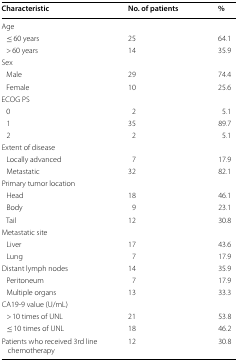
| Characteristic | No. of patients | % |
 | --- | --- | --- |
 | <COLSPAN=3> Age |
 | ≤ 60 years | 25 | 64.1 |
 | > 60 years | 14 | 35.9 |
 | <COLSPAN=3> Sex |
 | Male | 29 | 74.4 |
 | Female | 10 | 25.6 |
 | <COLSPAN=3> ECOG PS |
 | 0 | 2 | 5.1 |
 | 1 | 35 | 89.7 |
 | 2 | 2 | 5.1 |
 | <COLSPAN=3> Extent of disease |
 | Locally advanced | 7 | 17.9 |
 | Metastatic | 32 | 82.1 |
 | <COLSPAN=3> Primary tumor location |
 | Head | 18 | 46.1 |
 | Body | 9 | 23.1 |
 | Tail | 12 | 30.8 |
 | <COLSPAN=3> Metastatic site |
 | Liver | 17 | 43.6 |
 | Lung | 7 | 17.9 |
 | Distant lymph nodes | 14 | 35.9 |
 | Peritoneum | 7 | 17.9 |
 | Multiple organs | 13 | 33.3 |
 | <COLSPAN=3> CA19-9 value (U/mL) |
 | > 10 times of UNL | 21 | 53.8 |
 | ≤ 10 times of UNL | 18 | 46.2 |
 | Patients who received 3rd line chemotherapy | 12 | 30.8 |